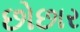
છોછાર